V__Kingissepa_nim__kolhoos, lk 32
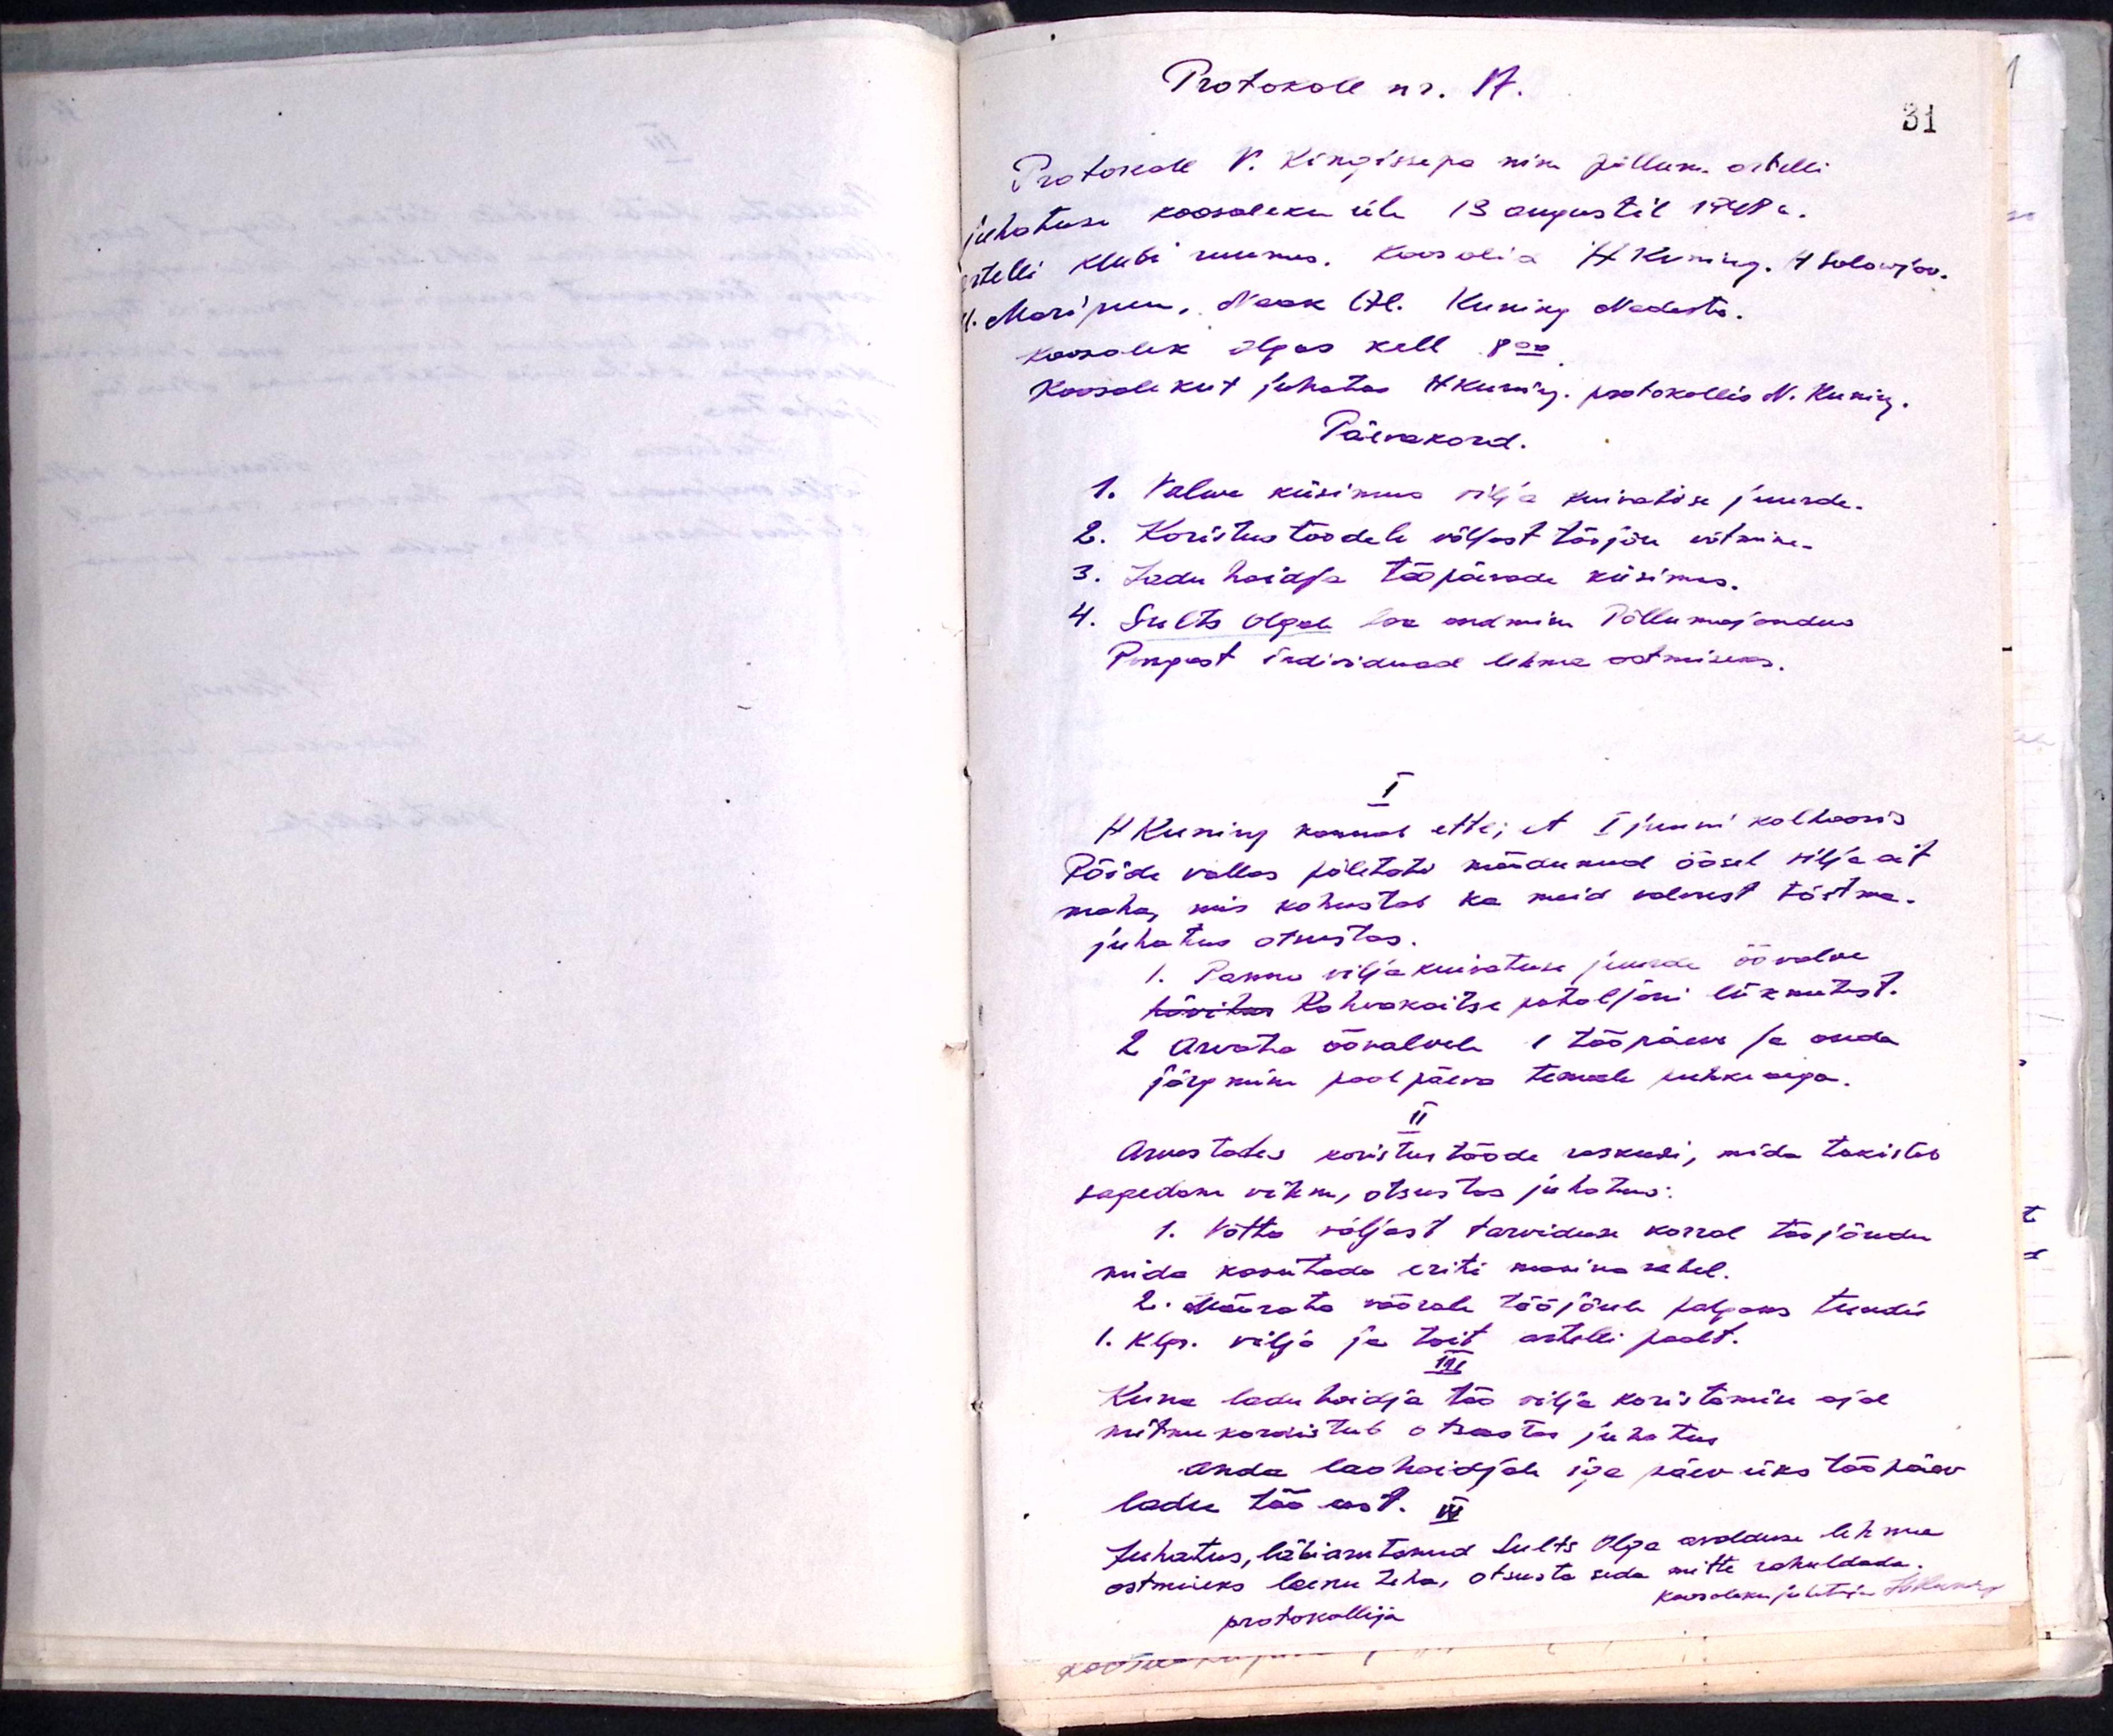
Protokoll nr. 17.
Protokoll V. Kingissepa nim. põllum. artelli
juhatuse koosoleku üle 13 augustil 1948 a.
artelli klubi ruumes. Koos olid H Kuning. H Solowjov.
V. Maripuu. Naak Al. Kuning Nadasta.
Koosolek lõpes kell 8.00
Koosolekut juhatas H Kuning protokollis N. Kuning.
Päevakord.
1. Valve küsimus vilja kuivatise juurde.
2. Koristustöödele väljast tööjõu võtmine.
3. Ladu hoidja tööpäevade küsimus.
4. Sults Olga loa andmine Põllumajandus
Pangast Individuaal lehma ostmiseks.
I
H. Kuning kannab ette; et I juuni kolhoosis
Pöide vallas põletati möödunud öösel vilja ait
maha, mis kohustab ka meid valvust tõstma.
juhatus otsustas.
1. Panna viljakuivatuse juurde öövalve
hävitus Rahvakaitse pataljoni liikmetest.
2 Arvata öövalvele 1 tööpäeva ja anda
järgmine poolpäeva temale puhkusega.
II
Arvestades koristustööde raskusi, mida takistab
sagedane vihm, otsustas juhatus:
1. Võtta väljast tarviduse korral tööjõudu
mida kasutada eriti masina rehel.
2. Määrata võõrale tööjõule palgaks tundis
1. Klgr. vilja ja toit artelli poolt.
III
Kuna ladu hoidja töö vilja koristamine ajal
mitmekordistub otsustas juhatus
Anda laohoidjale iga päev üks tööpäev
ladu töö eest. IV
Juhatus, läbiarutanud Sults Olga avalduse lehma
ostmiseks laenu teha, otsusta seda mitte rahuldada.
Koosoleku juhtis Fohtukirj
protokollija